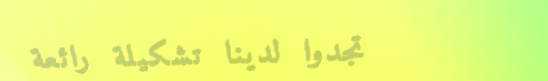
تجدوا لدينا تشكيلة رائعة